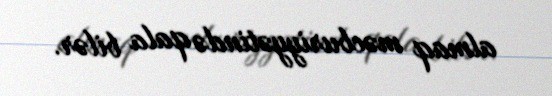
almaq məcburiyyətində qala bilər.